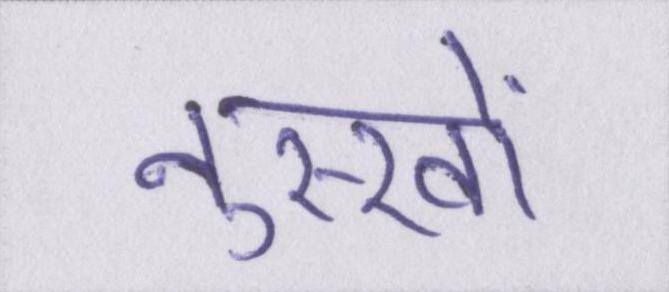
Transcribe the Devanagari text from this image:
नुस्खों